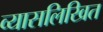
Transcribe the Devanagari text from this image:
व्यासलिखित